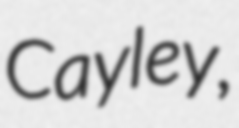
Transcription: Cayley,